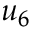
u _ { 6 }